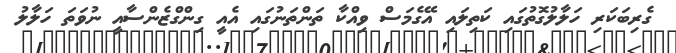
ގެރިބަކަރި ހަލާލުގޮތުގައި ކަތިލައި އޭގެމަސް ވިއްކާ ތަންތަނުގައި އެއީ ގިންގްޒެންސާއީ ނުވަތަ ހަލާލު